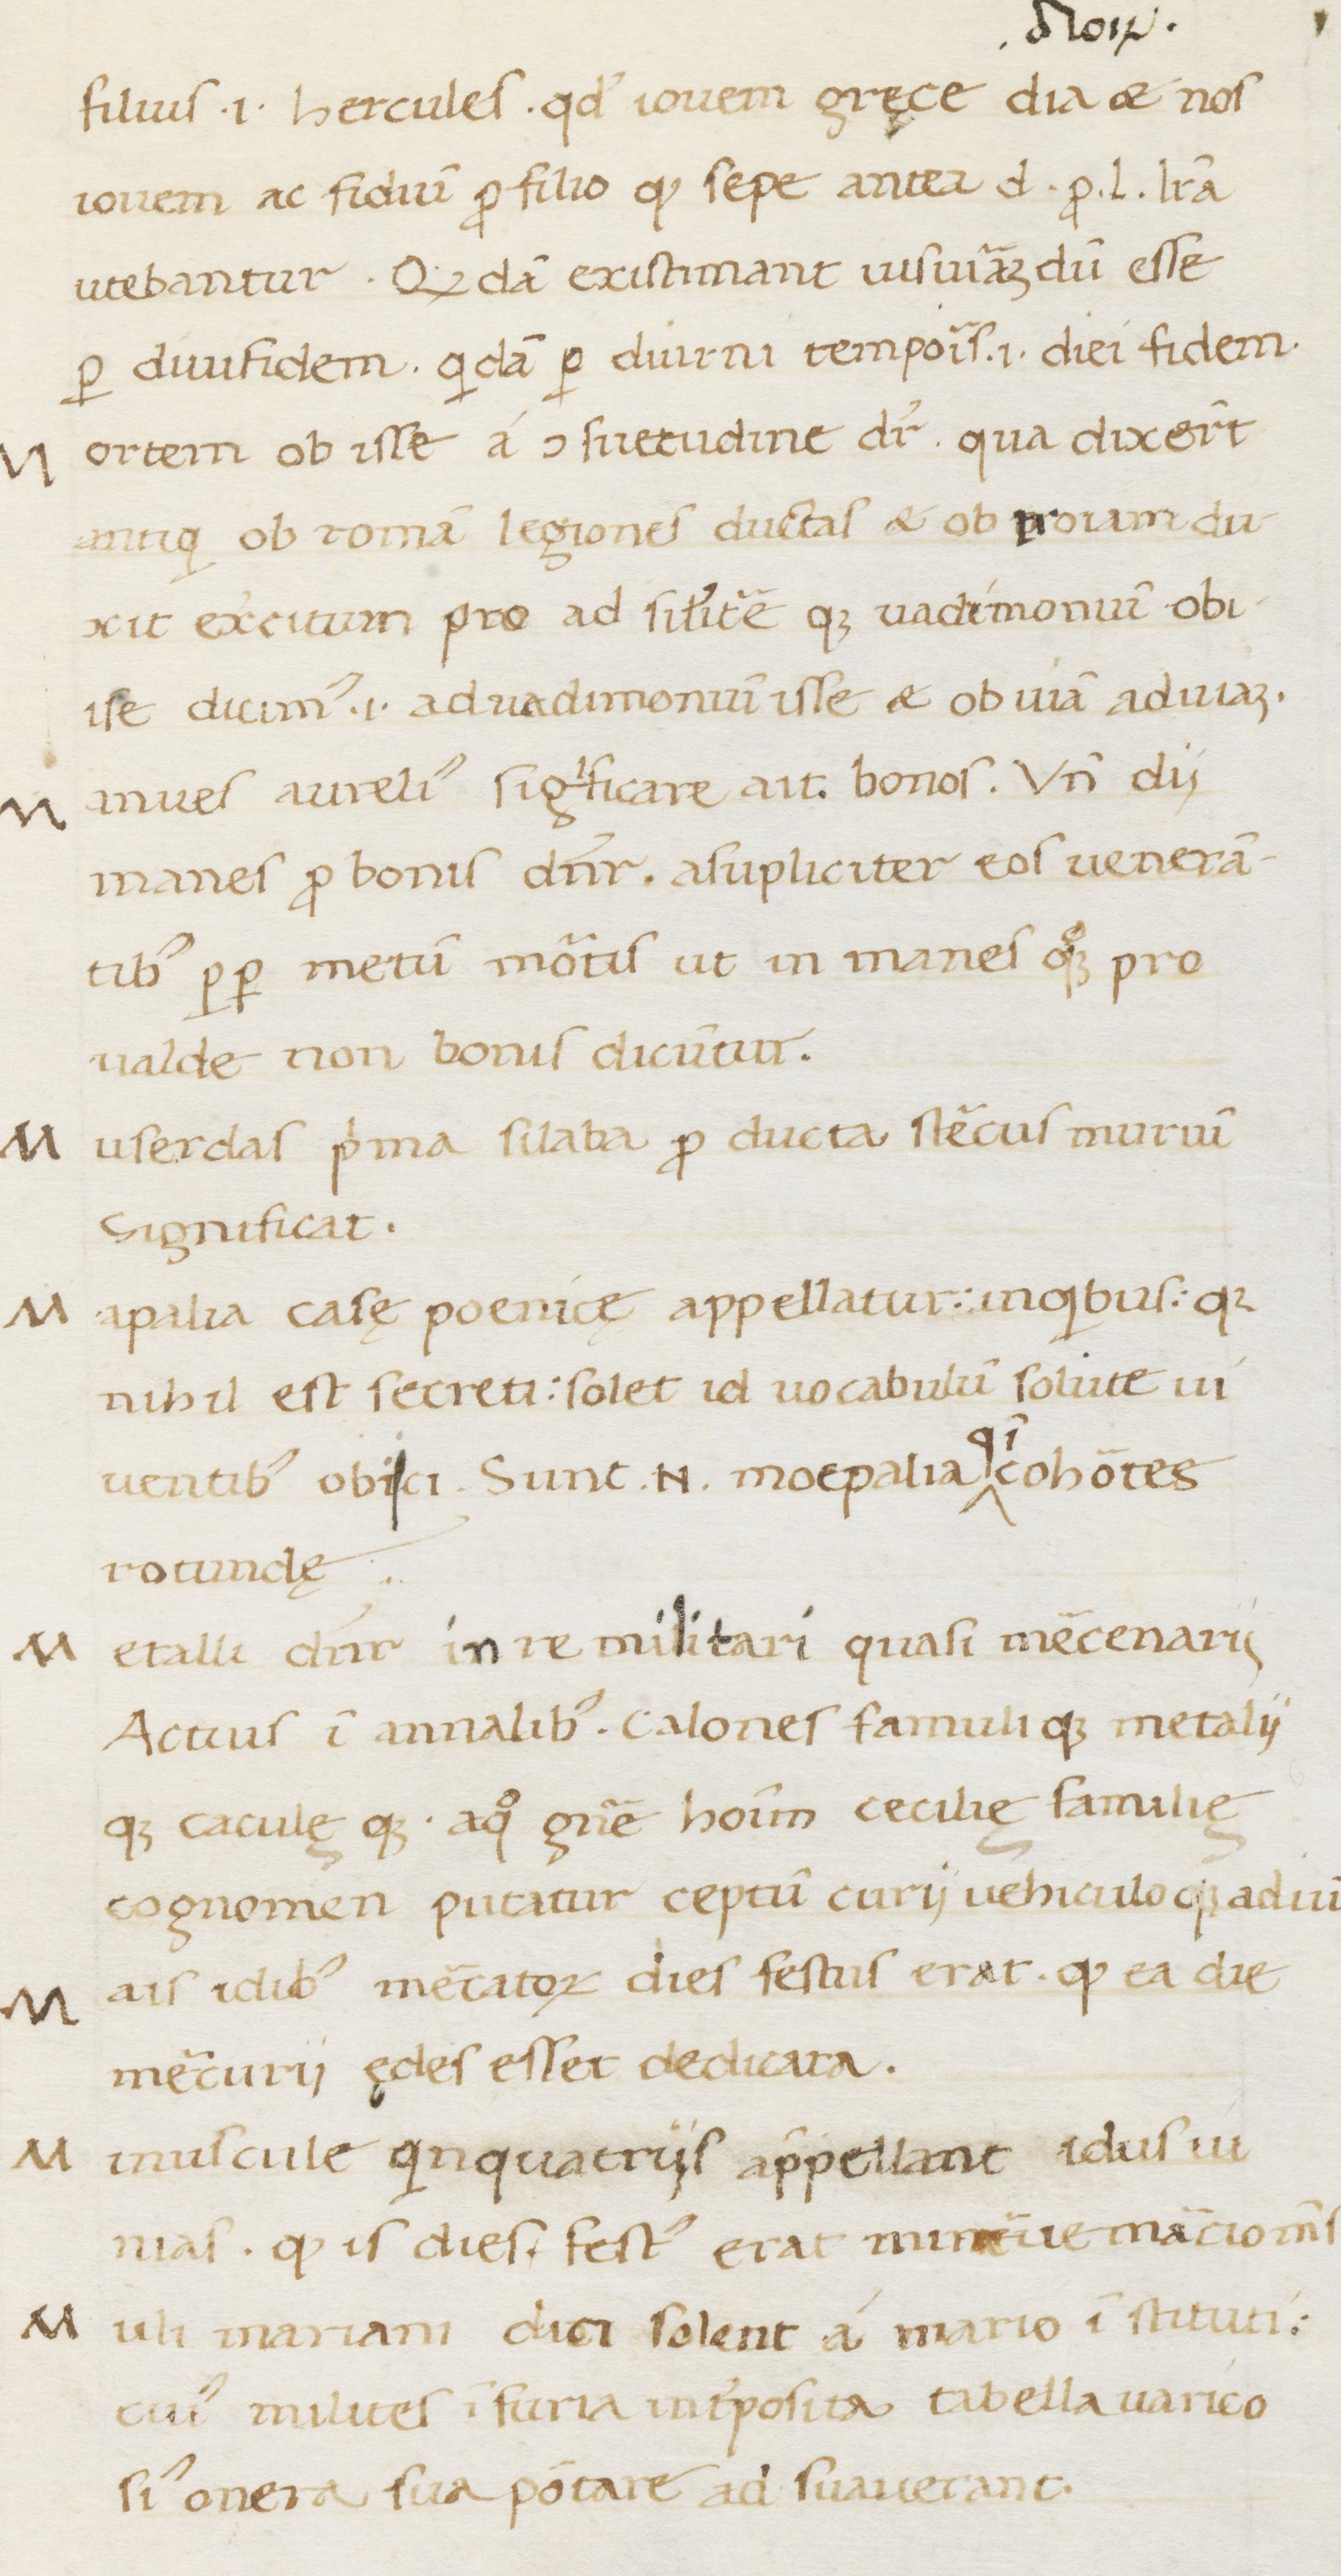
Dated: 1400–1499